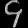
Digit: ၄